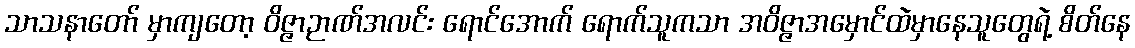
သာသနာတော် မှာကျတော့ ဝိဇ္ဇာဉာဏ်အလင်း ရောင်အောက် ရောက်သူကသာ အဝိဇ္ဇာအမှောင်ထဲမှာနေသူတွေရဲ့ စိတ်နေ